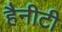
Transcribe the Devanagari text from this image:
हैनीटी